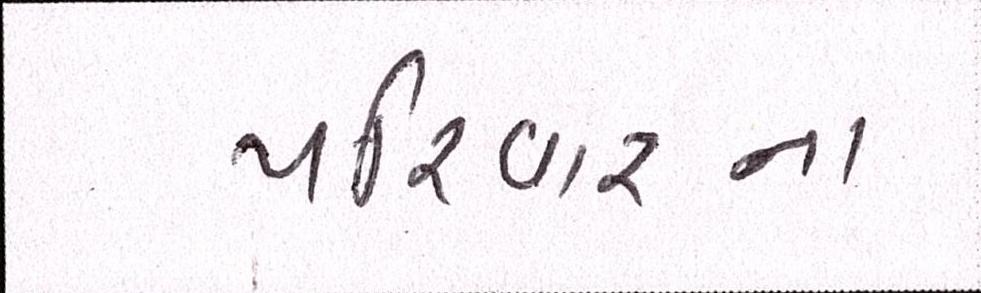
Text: પરીવારના